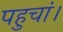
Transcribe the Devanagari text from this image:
पहुचां।